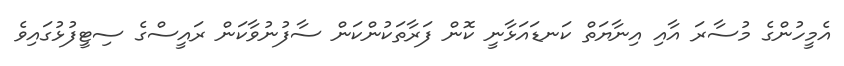
އެމީހުންގެ މުސާރަ އާއި އިނާޔަތް ކަނޑައަޅާނީ ކޮން ފަރާތަކުންކަން ސާފުނުވާކަން ރައީސްގެ ސިޓީފުޅުގައިވެ